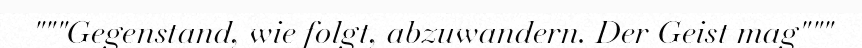
"""Gegenstand, wie folgt, abzuwandern. Der Geist mag"""